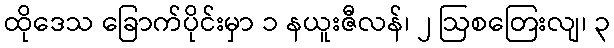
ထိုဒေသ ခြောက်ပိုင်းမှာ ၁ နယူးဇီလန်၊ ၂ ဩစတြေးလျ၊ ၃